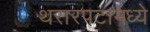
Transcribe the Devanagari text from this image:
थरारपटामध्ये